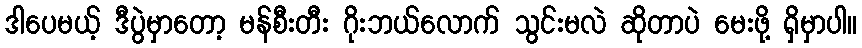
ဒါပေမယ့် ဒီပွဲမှာတော့ မန်စီးတီး ဂိုးဘယ်လောက် သွင်းမလဲ ဆိုတာပဲ မေးဖို့ ရှိမှာပါ။